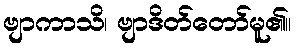
ဗျာကာသိ၊ ဗျာဒိတ်တော်မူ၏။